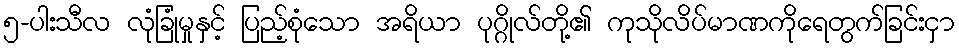
၅-ပါးသီလ လုံခြုံမှုနှင့် ပြည့်စုံသော အရိယာ ပုဂ္ဂိုလ်တို့၏ ကုသိုလိပ်မာဏကိုရေတွက်ခြင်းငှာ